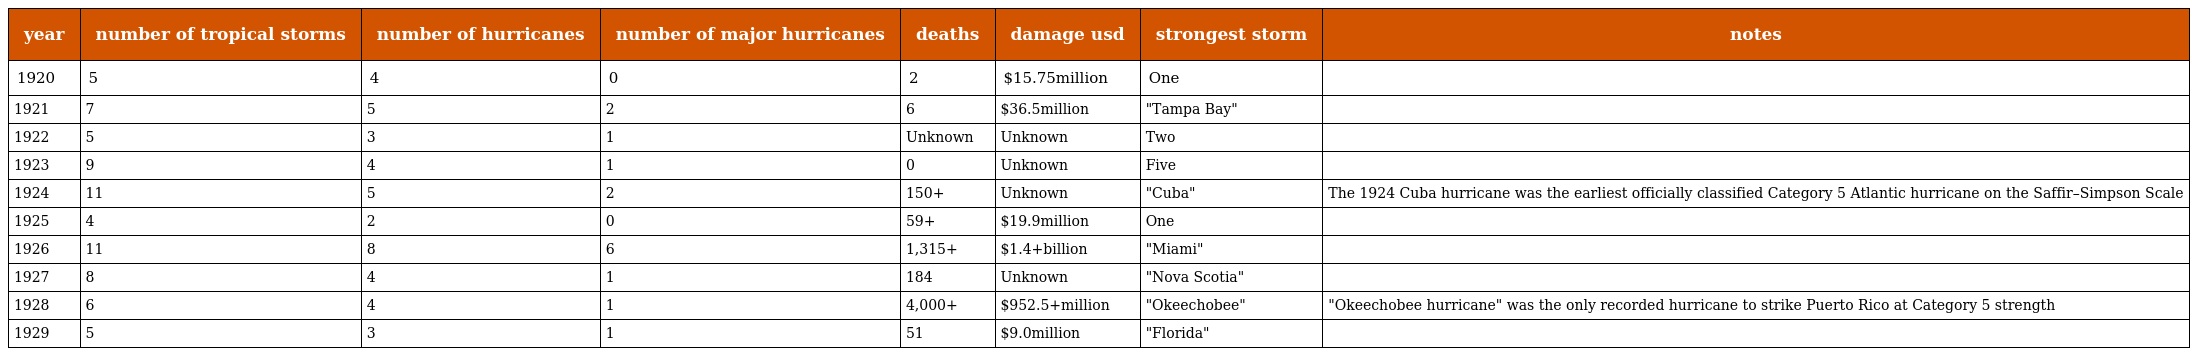
| year | number of tropical storms | number of hurricanes | number of major hurricanes | deaths | damage usd | strongest storm | notes |
 | --- | --- | --- | --- | --- | --- | --- | --- |
 | 1920 | 5 | 4 | 0 | 2 | $15.75million | One |  |
 | 1921 | 7 | 5 | 2 | 6 | $36.5million | "Tampa Bay" |  |
 | 1922 | 5 | 3 | 1 | Unknown | Unknown | Two |  |
 | 1923 | 9 | 4 | 1 | 0 | Unknown | Five |  |
 | 1924 | 11 | 5 | 2 | 150+ | Unknown | "Cuba" | The 1924 Cuba hurricane was the earliest officially classified Category 5 Atlantic hurricane on the Saffir–Simpson Scale |
 | 1925 | 4 | 2 | 0 | 59+ | $19.9million | One |  |
 | 1926 | 11 | 8 | 6 | 1,315+ | $1.4+billion | "Miami" |  |
 | 1927 | 8 | 4 | 1 | 184 | Unknown | "Nova Scotia" |  |
 | 1928 | 6 | 4 | 1 | 4,000+ | $952.5+million | "Okeechobee" | "Okeechobee hurricane" was the only recorded hurricane to strike Puerto Rico at Category 5 strength |
 | 1929 | 5 | 3 | 1 | 51 | $9.0million | "Florida" |  |